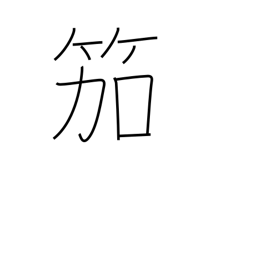
Meaning: reed flute